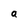
Character: a